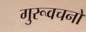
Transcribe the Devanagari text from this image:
गुरूवचनों